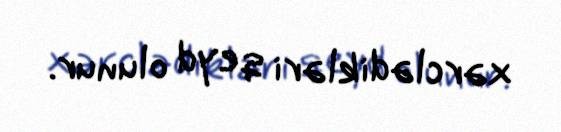
xərclədikləri qeyd olunur.